system: You are a helpful assistant.
user:
Analyze the provided spectrum to determine if it is a **M-type Giant (gM)**.

A M-type Giant spectrum is defined by its **strong molecular absorption** features, particularly from **Titanium Oxide (TiO)**. You must check for one of the following mutually exclusive signatures:

- **Key Visual Indicators (Absorption-Dominated Spectrum):**

    - **(Primary):** The spectrum is dominated by strong molecular absorption from **Titanium Oxide (TiO)**. This is the **defining feature** of its M-type temperature class.
        - **(Key Bandheads):** Look for sharp, "saw-tooth" absorption valleys. The strongest are located near **~7050 Å**, **~6160 Å**, and **~5170 Å**.
        - **(Line Profile):** The "saw-tooth" morphology is critical: a **sharp, steep drop on the BLUE (short-wavelength) side** of the bandhead, followed by a gradual recovery (rising flux) towards the RED (long-wavelength) side.

    - **(Key Confirmation - Giant vs. Dwarf):** **ABSENCE** of strong **Calcium Hydride (CaH)** molecular bands. This is the primary diagnostic for *excluding* M-dwarfs.
        - **(Key Region):** The spectrum should lack the strong, broad absorption band seen in dwarfs between **~6800 Å and ~7000 Å**.

    - **(Secondary Confirmation - Giant):** A very strong and broad **Neutral Calcium (Ca I)** atomic absorption line.
        - **(Key Line):** Located at **~4226 Å**. In a giant (gM), this line is significantly deeper and broader than the same line in an M-dwarf (dM) due to low surface gravity.

    - **(Overall Spectrum):**
        - The continuum is **extremely red-sloping** (i.e., flux is very low in the blue and rises dramatically towards the red).
        - The entire spectrum appears "chopped up" by the deep TiO bands.

Think first, call **spectral_visualization_tool** if needed to examine features in detail, then provide your final answer. Your response must adhere to the following strict rules:
1.  **Overall Structure:** Your response must follow the format `<think>...</think> <tool_call>...</tool_call> (if a tool is used) <answer>...</answer>`.
2.  **Tool Usage Constraint:** You may only make **one** tool call per turn.
3.  **Final Answer Format:** In the `<answer>` tag, your conclusion must be inside a `\boxed{}` command (e.g., `\boxed{YES}` or `\boxed{NO}`), followed by your justification.

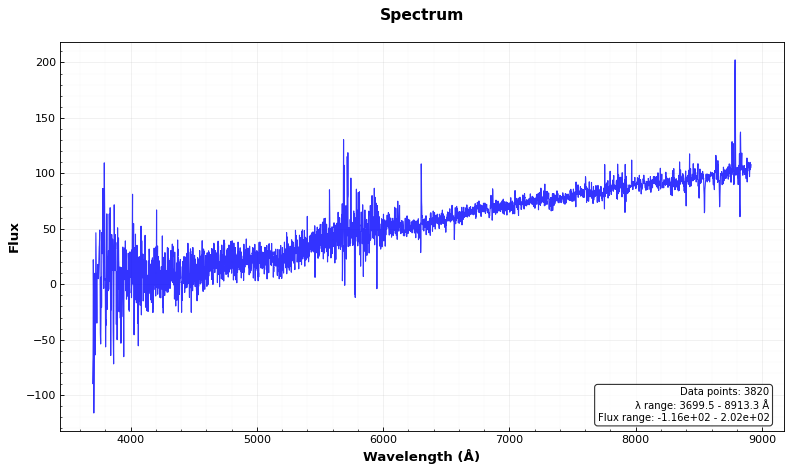
Answer: NO